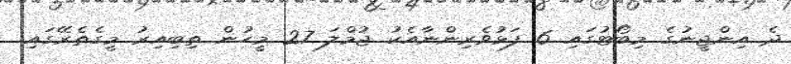
ދެ އިންޖީނުގެ މިބޯޓުގައި 6 ފަޅުވެރިންނާއެކު ޖުމްލަ 27 މީހުން ތިބިއިރު މީގެތެރޭގައި